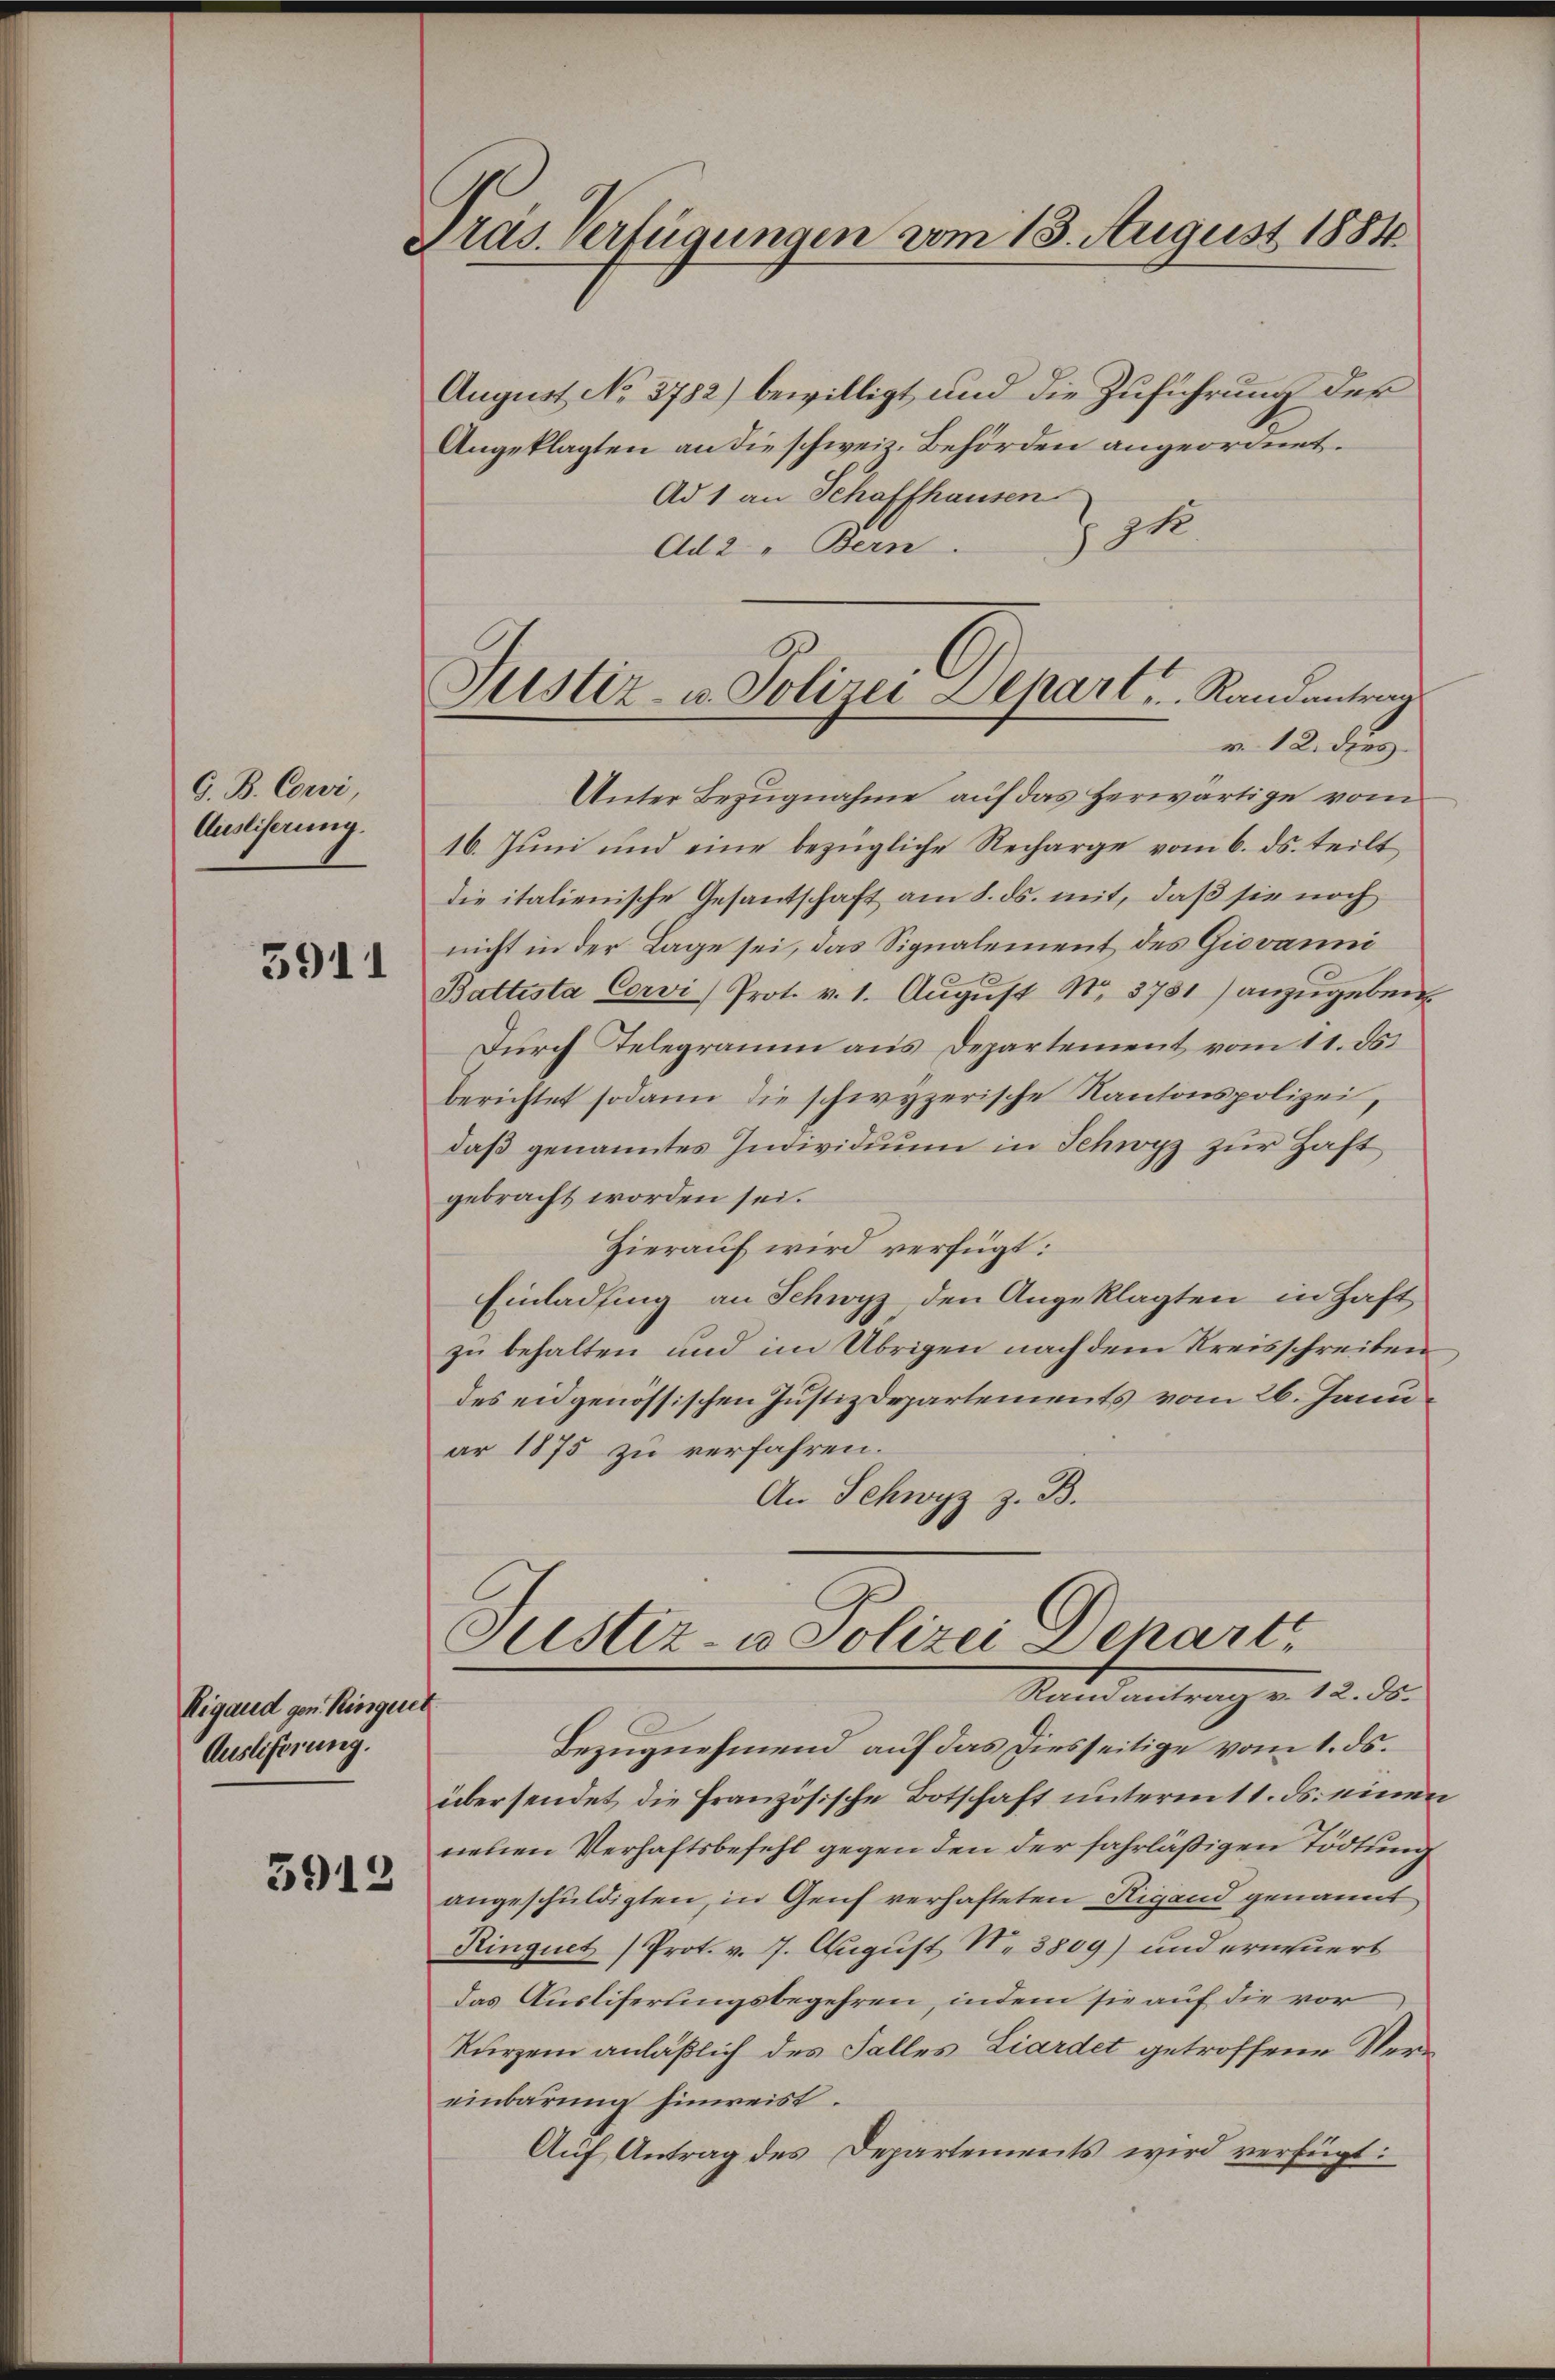
G. B. Corvi,
Ausliferung.

5911

Vigand gen. Ringerer
Auslieferung.

3912

Pras. Verfügungen vom 18. August 1884.

August No 3782) bewilligt und die Zuführung der
Angeklagten an die schweiz. Behörden angeordnet.
Ad 1 an Schaffhausen
zo
Ad2 " Bern.

Justiz- u. Polizei Depart . . .  Randantrag
v. 12. dies
Unter Bezugnahme auf das herwärtige vom

16. Juni und eine bezügliche Recharge vom 6. ds. teilt
die italienische Gesantschaft am 8. ds. mit, daß sie noch
nicht in der Lage sei, das Signalement des Giovanni
Battista Corvi) Prot. v. 1. Aŭgŭst No. 3781) anzugeben.
Durch Telegramm aus Departement vom 11. ds.
berichtet sodann die schwyzerische Kantonspolizei,
daβ genanntes Individuum in Schwyz zur Haft
gebracht worden sei.
Hierauf wird verfügt:
Einladung an Schwyz, den Angeklagten in Haft
zu behalten und im Übrigen nach dem Kreisschreiben
des eidgenössischen Justizdepartements vom 26. Januar 1875 zu verfahren.
An Schwyz z. B.

Justiz- u Polizei Depart
Ramantrag v. 12. 55.
Bezugnehmend auf das Diesseitige vom 1. ds.

übersendet die Französische Botschaft unterm 11. ds. einen
nehen Verhaftsbefehl gegen den der fahrläßigen Tödtung
angeschuldigten, in Genf verhafteten Rigand genannt
Ringuet (Prot. v. 7. August N. 3809) und erneuers
das Ausliferungsbegehren, indem sie auf die vor
Kurzem anläßlich des Falles Liardet getroffene Vereinbarung hinweist.
Auf Antrag des Departements wird verfügt: